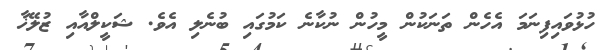
ހުޅުވައިފިނަމަ އެހެން ތަނަކުން މީހުން ނުކާނެ ކަމުގައި ބުނެލި އެވެ. ޝަކީލްއާއި ޒުލޭޚާ